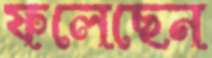
ফলেছেন